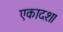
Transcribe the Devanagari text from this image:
एकादश।